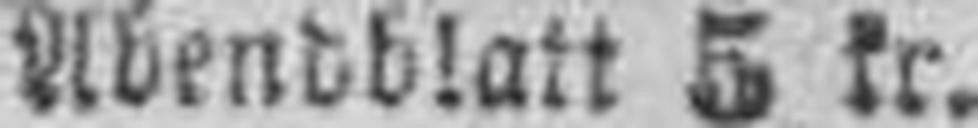
Abendblatt 5 kr.